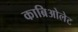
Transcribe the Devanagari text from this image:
काब्रिओलेट